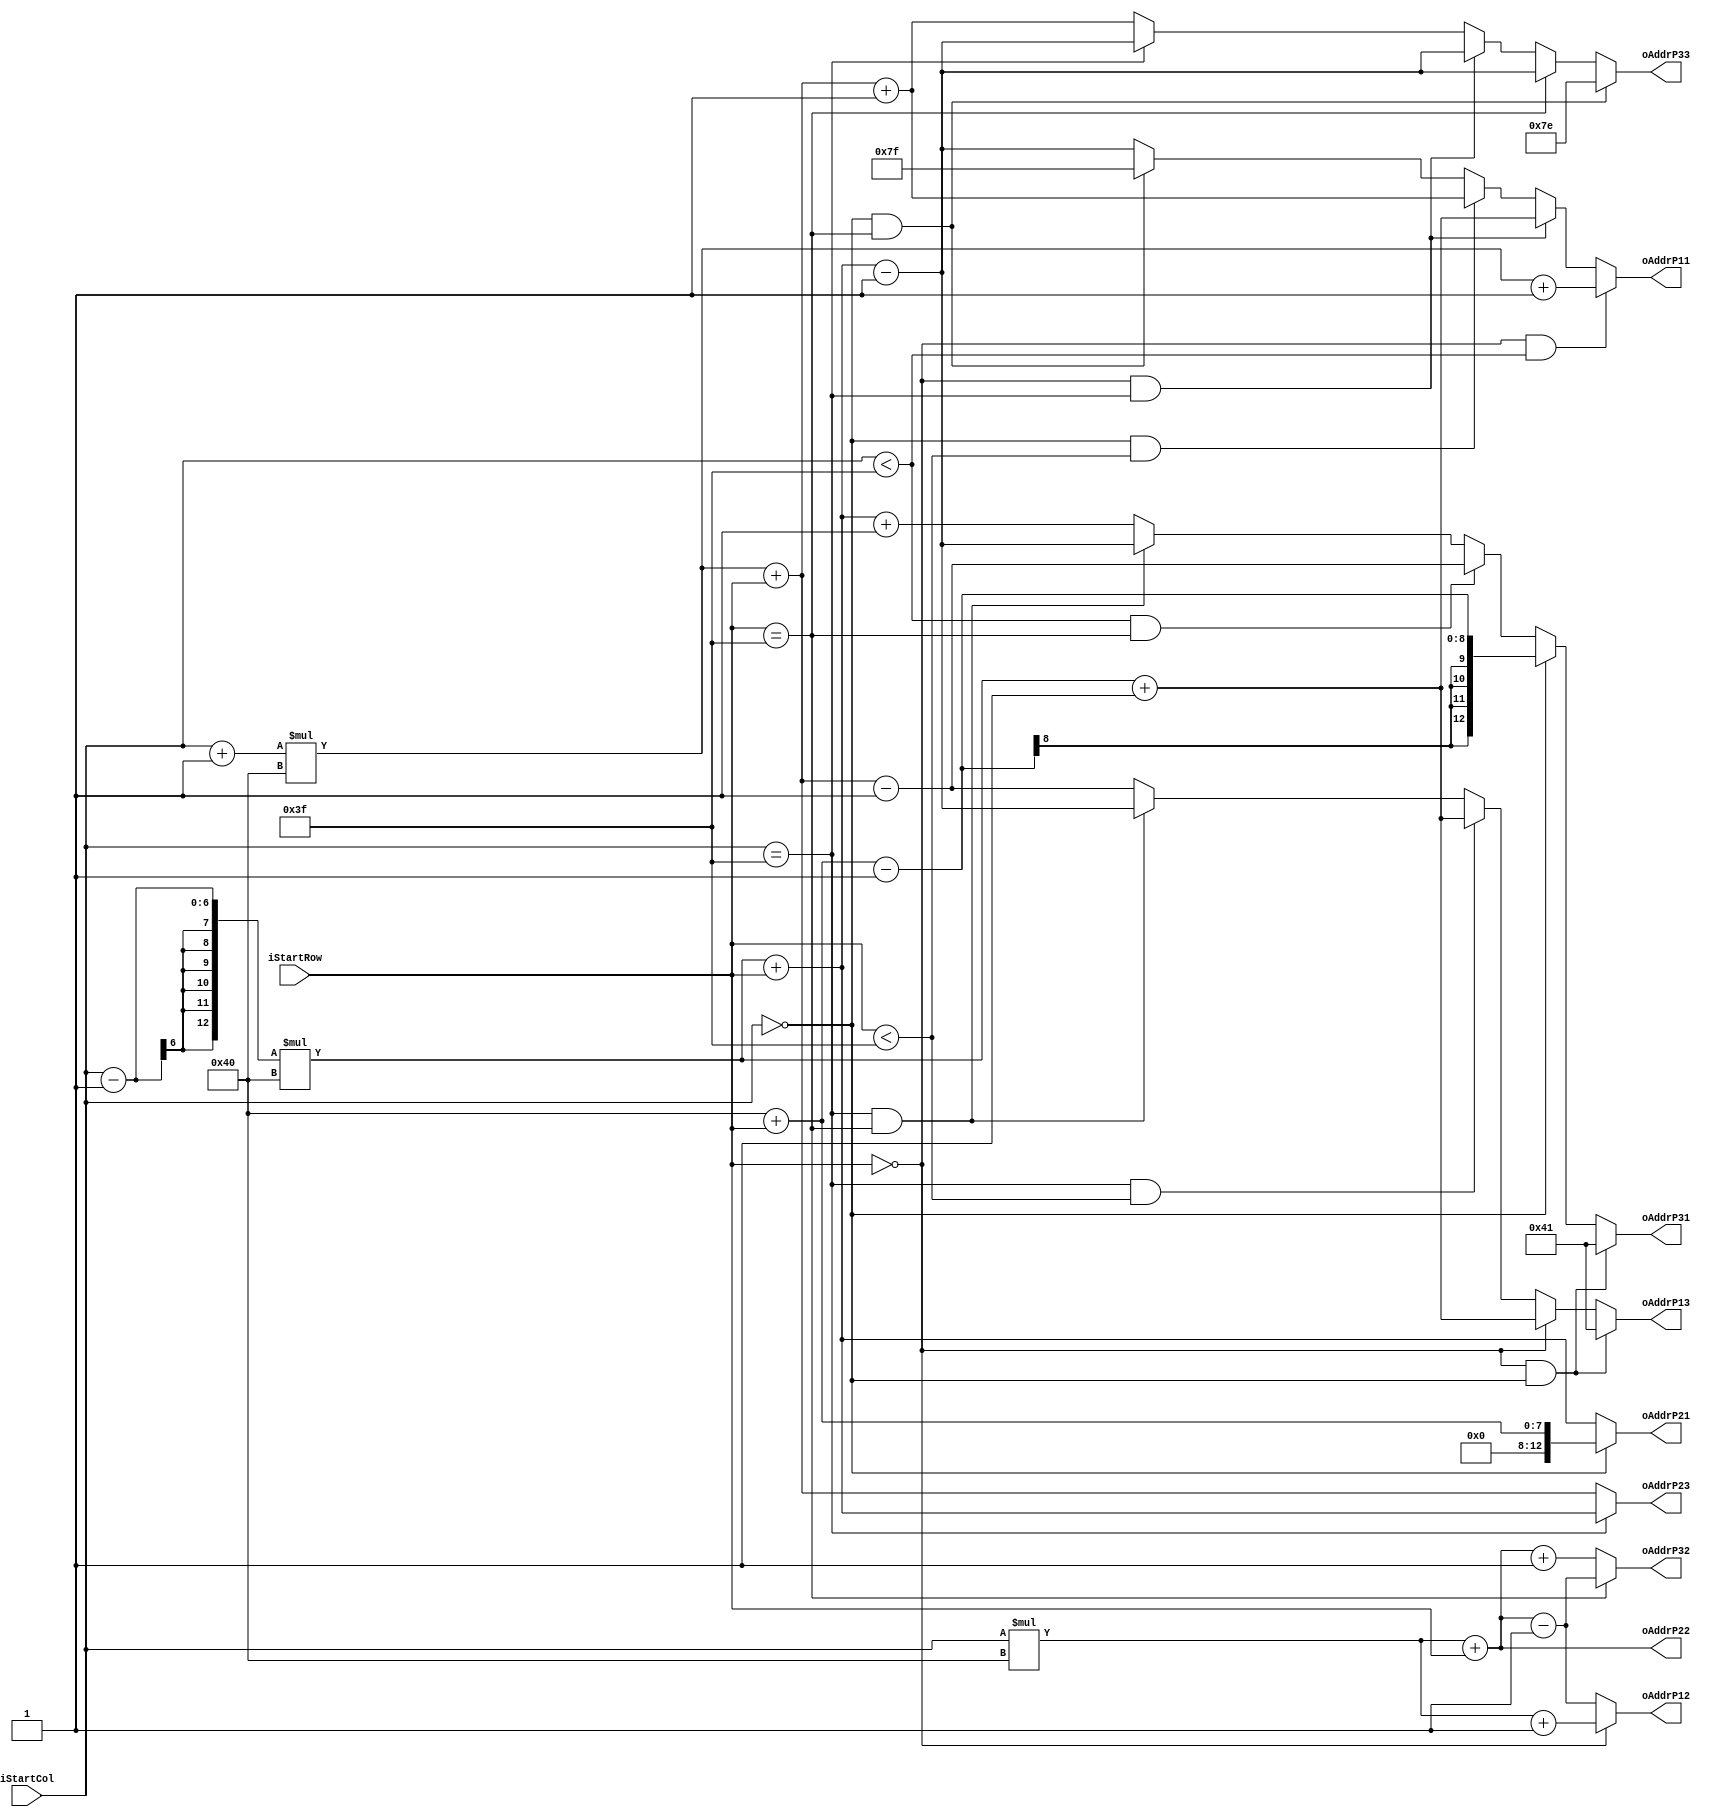

module addr_decoder_last_version(

	input [5:0] iStartRow,
	input [5:0] iStartCol,

	output [12:0] oAddrP11, oAddrP12, oAddrP13,
	output [12:0] oAddrP21, oAddrP22, oAddrP23,
	output [12:0] oAddrP31, oAddrP32, oAddrP33
);

	assign oAddrP11 = ((iStartRow == 6'd0) && (iStartCol < 6'd63))? ((iStartCol+1'b1)*7'd64 + 1'b1) : 
					  ((iStartRow == 6'd0) && (iStartCol == 6'd63))? (( iStartCol-1'b1)*7'd64 + 1'b1) : 
					  ((iStartCol == 6'd0) && (iStartRow < 6'd63))? ((iStartCol+1'b1)*7'd64 + iStartRow + 1'b1):
					  ((iStartCol == 6'd0) && (iStartRow == 6'd63))? 7'd127:
					  ((iStartCol - 1'b1)*7'd64 + iStartRow - 1'b1 ); 
					  
	assign oAddrP12 = (iStartRow == 6'd0)? (iStartCol*7'd64 + 1'b1) :
					  (iStartCol * 7'd64 + iStartRow - 1'b1);
	
	assign oAddrP13 = ((iStartRow == 6'd0) && (iStartCol == 6'd0))? 13'd65 : 
					  (iStartRow == 6'd0) ? (( iStartCol-1'b1)*7'd64 + 1'b1) : 
					  ((iStartCol == 6'd63) && (iStartRow < 6'd63))? (( iStartCol-1'b1)*7'd64 + 1'b1) :
					  ((iStartCol == 6'd63) && (iStartRow == 6'd63))? ((iStartCol-1'b1)*7'd64 + iStartRow - 1'b1) :
					  ((iStartCol + 1'b1)* 7'd64 + iStartRow - 1'b1 );

	assign oAddrP21 = (iStartCol == 6'd0)? 13'd64 + iStartRow : 
					  ((iStartCol - 1'b1)* 7'd64 + iStartRow  );
	
	assign oAddrP22 = iStartCol* 7'd64 + iStartRow ;
	
	assign oAddrP23 = (iStartCol == 6'd63)? (iStartCol - 1'b1)*7'd64 + iStartRow : 
					  ((iStartCol + 1'b1 )* 7'd64 + iStartRow  );

	assign oAddrP31 = ((iStartRow == 6'd0) && (iStartCol == 6'd0))? 13'd65 : 
					  ((iStartCol == 6'd0)? 13'd64 + iStartRow - 1'b1 : 
					  ((iStartCol < 6'd63) && (iStartRow == 6'd63))? (iStartCol+1'b1)*7'd64 + iStartRow - 1'b1 : 
					   ((iStartCol == 6'd63) && (iStartRow == 6'd63))? (iStartCol-1'b1)*7'd64 + iStartRow - 1'b1 :
					  (((iStartCol - 1'b1) * 7'd64) + iStartRow + 1'b1 ));
	
	assign oAddrP32 = (iStartRow == 6'd63)? (iStartCol)*7'd64 + iStartRow - 1'b1 : 
					  (iStartCol * 7'd64 + iStartRow + 1'b1);
	
	assign oAddrP33 = ((iStartRow == 6'd63) && (iStartCol == 6'd0))? 13'd126 : 
					  ((iStartRow == 6'd63)? (iStartCol - 1'b1)*7'd64 + iStartRow - 1'b1 : 
					  ((iStartCol == 6'd63) && (iStartRow == 6'd0))? (iStartCol - 1'b1)*7'd64 + iStartRow - 1'b1 :
					  (iStartCol == 6'd63)? (iStartCol - 1'b1)*7'd64 + iStartRow - 1'b1 :
					  ((iStartCol + 1'b1)* 7'd64) + iStartRow + 1'b1 );

endmodule